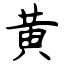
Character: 黄